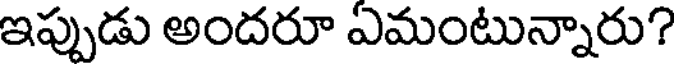
ఇప్పుడు అందరూ ఏమంటున్నారు?